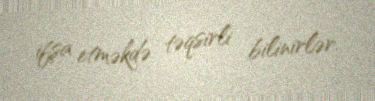
ifşa etməkdə təqsirli bilinirlər.